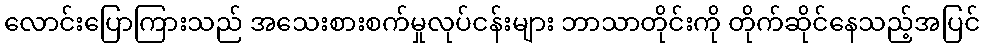
လောင်းပြောကြားသည် အသေးစားစက်မှုလုပ်ငန်းများ ဘာသာတိုင်းကို တိုက်ဆိုင်နေသည့်အပြင်